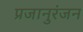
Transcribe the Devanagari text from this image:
प्रजानुरंजन